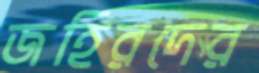
জহিরদের